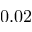
0 . 0 2